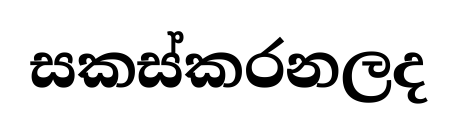
සකස්කරනලද